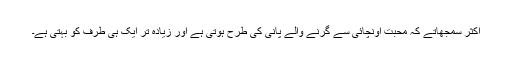
اکثر سمجھاتے کہ محبت اونچائی سے گرنے والے پانی کی طرح ہوتی ہے اور زیادہ تر ایک ہی طرف کو بہتی ہے۔